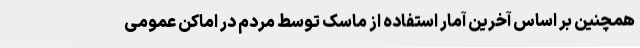
همچنین بر اساس آخرین آمار استفاده از ماسک توسط مردم در اماکن عمومی